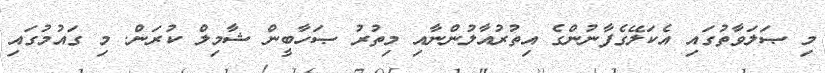
މި ޞަލަވާތުގައި އެކަލޭގެފާނުންގެ އިތުރުއާލުންނާއި މިތުރު ޞަހާބީން ޝާމިލް ކުރަން. މި ގައުމުގައި